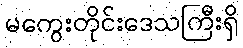
မကွေးတိုင်းဒေသကြီးရှိ